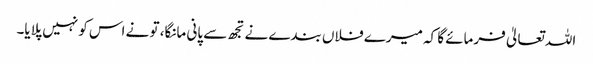
اللہ تعالیٰ فرمائے گا کہ میرے فلاں بندے نے تجھ سے پانی مانگا، تو نے اس کو نہیں پلایا۔